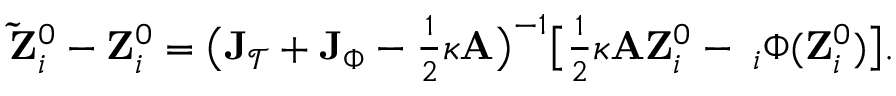
\begin{array} { r } { { \bf \tilde { Z } } _ { i } ^ { 0 } - { \bf Z } _ { i } ^ { 0 } = \big ( { \bf J } _ { \mathcal { T } } + { \bf J } _ { \Phi } - \frac { 1 } { 2 } \kappa { \bf A } \big ) ^ { - 1 } \big [ \frac { 1 } { 2 } \kappa { \bf A } { \bf Z } _ { i } ^ { 0 } - { \bf \nabla } _ { i } \Phi ( { \bf Z } _ { i } ^ { 0 } ) \big ] . } \end{array}